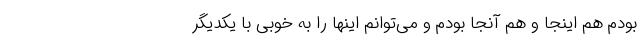
بودم هم اینجا و هم آنجا بودم و می‌توانم اینها را به خوبی با یکدیگر